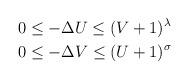
LaTeX: \begin{align*} &0\leq -\Delta U\leq (V+1)^\lambda \\ &0\leq -\Delta V\leq (U+1)^\sigma\end{align*}